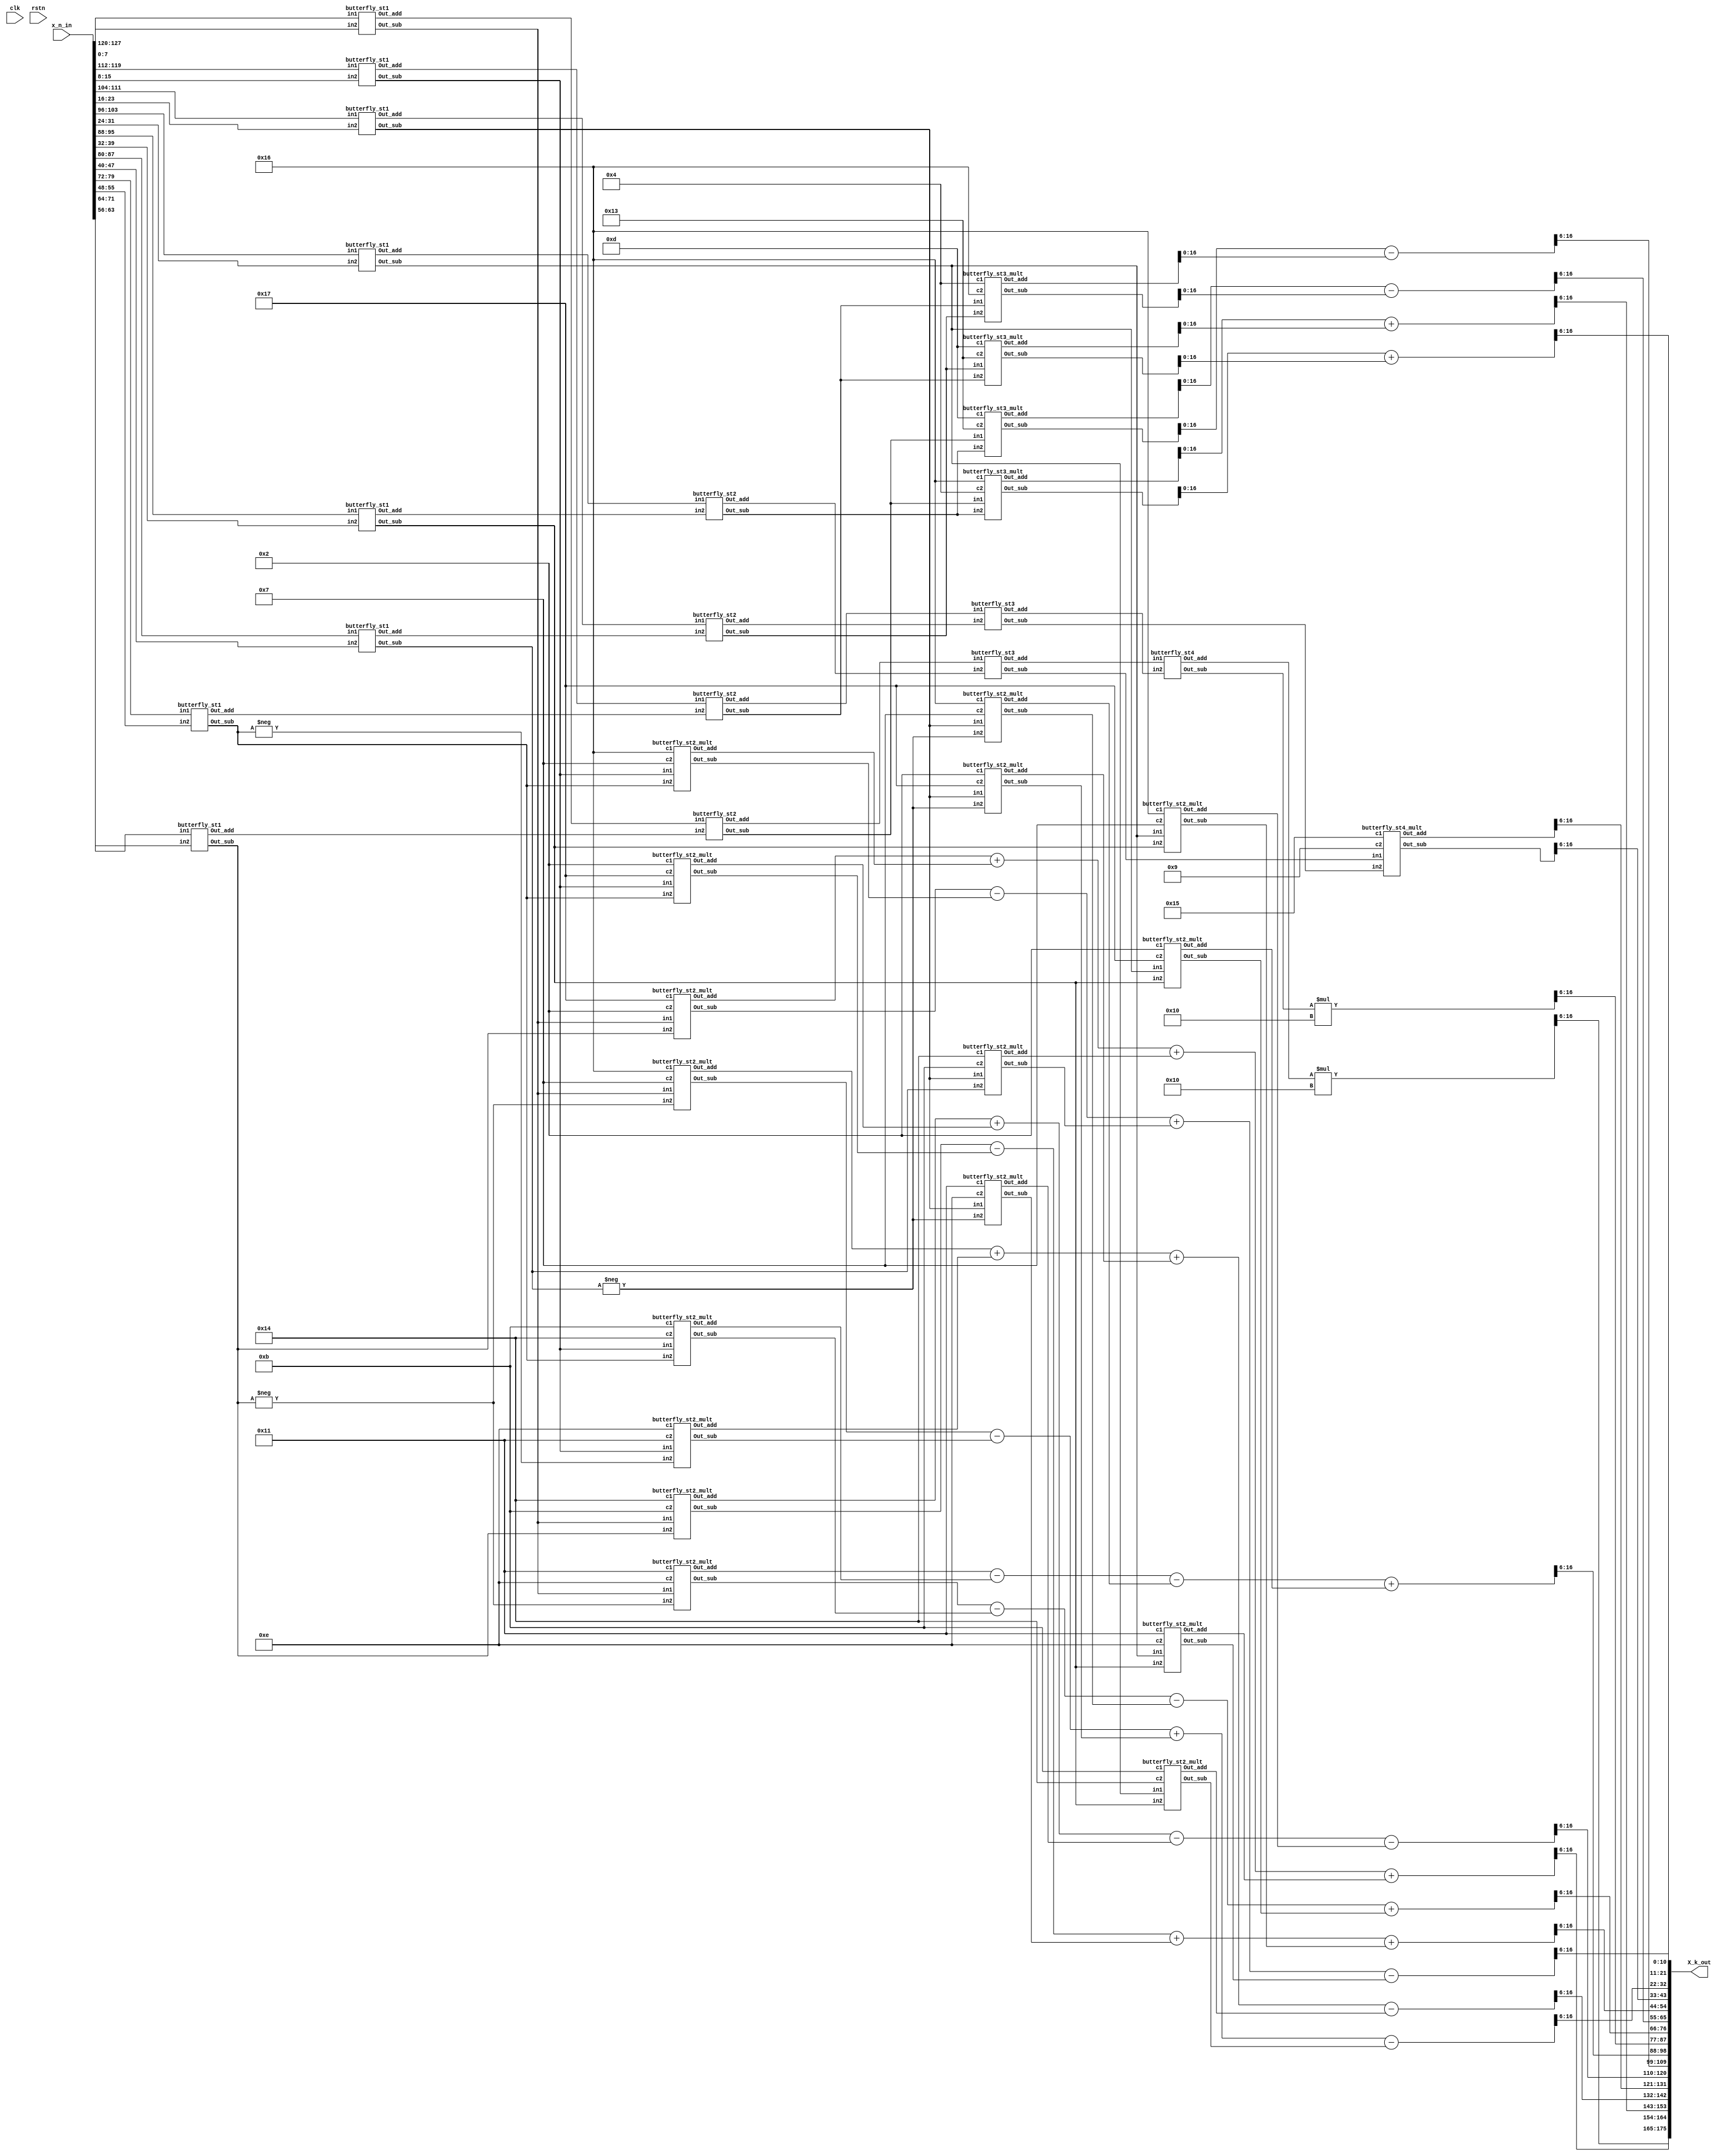
// 1 DCT 

module DCT_1D_row
    #(parameter C_bit = 8, parameter BW = 11)

    (X_k_out, x_n_in, clk, rstn);

    output [16*BW-1:0]X_k_out;
    input [128-1:0]x_n_in;  // unsigned input
    input clk, rstn;
    //(8.0)
    wire [8-1:0] x_0  = x_n_in[15*8 +: 8];
    wire [8-1:0] x_1  = x_n_in[14*8 +: 8];
    wire [8-1:0] x_2  = x_n_in[13*8 +: 8];
    wire [8-1:0] x_3  = x_n_in[12*8 +: 8];
    wire [8-1:0] x_4  = x_n_in[11*8 +: 8];
    wire [8-1:0] x_5  = x_n_in[10*8 +: 8];
    wire [8-1:0] x_6  = x_n_in[ 9*8 +: 8];
    wire [8-1:0] x_7  = x_n_in[ 8*8 +: 8];
    wire [8-1:0] x_8  = x_n_in[ 7*8 +: 8];
    wire [8-1:0] x_9  = x_n_in[ 6*8 +: 8];
    wire [8-1:0] x_10 = x_n_in[ 5*8 +: 8];
    wire [8-1:0] x_11 = x_n_in[ 4*8 +: 8];
    wire [8-1:0] x_12 = x_n_in[ 3*8 +: 8];
    wire [8-1:0] x_13 = x_n_in[ 2*8 +: 8];
    wire [8-1:0] x_14 = x_n_in[ 1*8 +: 8];
    wire [8-1:0] x_15 = x_n_in[ 0*8 +: 8];
    // (1.6)
    //wire [7-1:0] C_0  = 7'h10;
    wire [7-1:0] C_1  = 7'h17;
    wire [7-1:0] C_2  = 7'h16;
    wire [7-1:0] C_3  = 7'h16;
    wire [7-1:0] C_4  = 7'h15;
    wire [7-1:0] C_5  = 7'h14;
    wire [7-1:0] C_6  = 7'h13;
    wire [7-1:0] C_7  = 7'h11;
    wire [7-1:0] C_8  = 7'h10;
    wire [7-1:0] C_9  = 7'he; 
    wire [7-1:0] C_10 = 7'hd;
    wire [7-1:0] C_11 = 7'hb;
    wire [7-1:0] C_12 = 7'h9;
    wire [7-1:0] C_13 = 7'h7;
    wire [7-1:0] C_14 = 7'h4;
    wire [7-1:0] C_15 = 7'h2;
    //  16  C0 = C8  15 .

    wire signed[9-1:0] X_0_15_a, X_0_15_s;
    wire signed[9-1:0] X_1_14_a, X_1_14_s;
    wire signed[9-1:0] X_2_13_a, X_2_13_s;
    wire signed[9-1:0] X_3_12_a, X_3_12_s;
    wire signed[9-1:0] X_4_11_a, X_4_11_s;
    wire signed[9-1:0] X_5_10_a, X_5_10_s;
    wire signed[9-1:0] X_6_9_a, X_6_9_s;
    wire signed[9-1:0] X_7_8_a, X_7_8_s;


    wire signed[19-1:0] X_4, X_12;
    wire signed[11-1:0] X_4_trunc, X_12_trunc;

    // Common stage (Even, Odd) (9.0)
    butterfly_st1 buf1( X_0_15_a, X_0_15_s, x_0, x_15);
    butterfly_st1 buf2( X_1_14_a, X_1_14_s, x_1, x_14);
    butterfly_st1 buf3( X_2_13_a, X_2_13_s, x_2, x_13);
    butterfly_st1 buf4( X_3_12_a, X_3_12_s, x_3, x_12);
    butterfly_st1 buf5( X_4_11_a, X_4_11_s, x_4, x_11);
    butterfly_st1 buf6( X_5_10_a, X_5_10_s, x_5, x_10);
    butterfly_st1 buf7( X_6_9_a,  X_6_9_s,  x_6, x_9);
    butterfly_st1 buf8( X_7_8_a,  X_7_8_s,  x_7, x_8);

    wire signed[10-1:0] X_0_7_8_15_a, X_1_6_9_14_a, X_2_5_10_13_a, X_3_4_11_12_a;
    wire signed[10-1:0] X_0_7_8_15_s, X_1_6_9_14_s, X_2_5_10_13_s, X_3_4_11_12_s;

    // Even stage (10.0)
    butterfly_st2 buf2_1 (X_0_7_8_15_a,  X_0_7_8_15_s,  X_0_15_a, X_7_8_a);
    butterfly_st2 buf2_2 (X_1_6_9_14_a,  X_1_6_9_14_s,  X_1_14_a, X_6_9_a);
    butterfly_st2 buf2_3 (X_2_5_10_13_a, X_2_5_10_13_s, X_2_13_a, X_5_10_a);
    butterfly_st2 buf2_4 (X_3_4_11_12_a, X_3_4_11_12_s, X_3_12_a, X_4_11_a);

    wire signed[11-1:0] X1, X2, X3, X4;
    // 11 bit outcome (11.0)
    butterfly_st3 buf3_1 (X2, X4, X_1_6_9_14_a, X_2_5_10_13_a);
    butterfly_st3 buf3_2 (X1, X3, X_0_7_8_15_a,  X_3_4_11_12_a);

    // Even Even Even
    ////////////////////****** X[0], X[8] ******////////////////////
    wire signed[12-1:0] Pre_X_0, Pre_X_8;
    wire signed[19-1:0] X_0;
    wire signed[19-1:0] X_8;
    wire signed[11-1:0] X_0_trunc; 
    wire signed[11-1:0] X_8_trunc;

    // 12bit outcome (12.0)
    butterfly_st4 buf4_1 (Pre_X_0, Pre_X_8, X1, X2);

    // 16bit outcome (16.4)   . $unsigned()
    assign X_0 = $unsigned(Pre_X_0) * C_8;
    //assign X_0 = X_0 <<< 1;
    // 19bit outcome
    assign X_8 = (Pre_X_8) * $signed(C_8);

    // 11bit (11.0)
    assign X_0_trunc = X_0[17-1:6];
    assign X_8_trunc = X_8[17-1:6];

    // Even Even Odd
    ////////////////////****** X[4], X[12] ******////////////////////
    // 19bit outcome (19.6)
    butterfly_st4_mult buf4_2 (X_4, X_12, X3, X4, C_4, C_12);

    //assign X_4 = (X3 << 4) + (X3 << 2) + X3 + (X4 << 3) + X4;
    //assign X_12 = (X3 << 3) + (X3) - ((X4 << 4) + (X4 << 2) + X4);
    
    // 11bit (11.0)  2,  6 
    assign X_4_trunc = X_4[17-1:6];
    assign X_12_trunc = X_12[17-1:6];

    // Even Odd
    ////////////////////****** X[2], X[6], X[10], X[14] ******////////////////////
    // 18.6
    wire signed [18-1:0] Pre_X_10_1, Pre_X_6_1, Pre_X_10_2, Pre_X_6_2;
    butterfly_st3_mult buf3_3 (Pre_X_10_1, Pre_X_6_1, X_0_7_8_15_s, X_3_4_11_12_s, C_10, C_6);
    butterfly_st3_mult buf3_4 (Pre_X_6_2, Pre_X_10_2, X_1_6_9_14_s, X_2_5_10_13_s, C_14, C_2);

    // 19.6
    wire signed [19-1:0] X_10, X_6;
    // 19bit outcome
    assign X_10 = Pre_X_10_1 - Pre_X_10_2;
    assign X_6 = Pre_X_6_1 - Pre_X_6_2;

    // 11bit truncation
    wire signed [11-1:0] X_10_trunc, X_6_trunc;
    assign X_10_trunc = X_10[17-1:6];
    assign X_6_trunc = X_6[17-1:6];

    wire signed [18-1:0] Pre_X_2_1, Pre_X_14_1, Pre_X_2_2, Pre_X_14_2;
    butterfly_st3_mult buf3_5 (Pre_X_2_1, Pre_X_14_1, X_0_7_8_15_s, X_3_4_11_12_s, C_2, C_14);
    butterfly_st3_mult buf3_6 (Pre_X_2_2, Pre_X_14_2, X_2_5_10_13_s, X_1_6_9_14_s, C_10, C_6);

    wire signed [19-1:0] X_2, X_14;
    // 19bit outcome
    assign X_2 = Pre_X_2_1 + Pre_X_2_2;
    assign X_14 = Pre_X_14_1 + Pre_X_14_2;

    // 11bit truncation
    wire signed [11-1:0] X_2_trunc, X_14_trunc;
    assign X_2_trunc = X_2[17-1:6];
    assign X_14_trunc = X_14[17-1:6];

    // Odd part
    ////////////////////****** X[1], X[15] ******////////////////////

    wire signed [20-1:0] Pre_X_1, Pre_X_15;
    wire signed [17-1:0] X1_1, X15_1, X1_2, X15_2, X1_3, X15_3, X1_4, X15_4;
    
    butterfly_st2_mult buf_1_15_1 (X1_1, X15_1, X_0_15_s, X_7_8_s, C_1, C_15);
    butterfly_st2_mult buf_1_15_2 (X1_2, X15_2, X_1_14_s, X_6_9_s, C_3, C_13);
    butterfly_st2_mult buf_1_15_3 (X1_3, X15_3, X_2_13_s, X_5_10_s, C_5, C_11);
    butterfly_st2_mult buf_1_15_4 (X1_4, X15_4, X_3_12_s, X_4_11_s, C_7, C_9);

    assign Pre_X_1 = $signed(X1_1 + X1_2 + X1_3 + X1_4);
    assign Pre_X_15 = X15_1 - X15_2 + X15_3 - X15_4;

    // 11bit truncation
    wire signed [11-1:0] X_1_trunc, X_15_trunc;
    assign X_1_trunc = Pre_X_1[17-1:6];
    assign X_15_trunc = Pre_X_15[17-1:6];


    ////////////////////****** X[3], X[13] ******////////////////////

    wire signed [20-1:0] Pre_X_3, Pre_X_13;
    wire signed [17-1:0] X3_1, X13_1, X3_2, X13_2, X3_3, X13_3, X3_4, X13_4;

    butterfly_st2_mult buf_3_13_1 (X3_1, X13_1, X_0_15_s, -X_7_8_s, C_3, C_13);
    butterfly_st2_mult buf_3_13_2 (X3_2, X13_2, X_1_14_s, -X_6_9_s, C_9, C_7);
    butterfly_st2_mult buf_3_13_3 (X3_3, X13_3, X_2_13_s, -X_5_10_s, C_15, C_1);
    butterfly_st2_mult buf_3_13_4 (X3_4, X13_4, X_3_12_s, X_4_11_s, C_11, C_5);

    assign Pre_X_3 = X3_1 + X3_2 + X3_3 - X3_4;
    assign Pre_X_13 = X13_1 - X13_2 + X13_3 - X13_4;

    // 11bit truncation
    wire signed [11-1:0] X_3_trunc, X_13_trunc;
    assign X_3_trunc = Pre_X_3[17-1:6];
    assign X_13_trunc = Pre_X_13[17-1:6];

    ////////////////////****** X[5], X[11] ******////////////////////

    wire signed [20-1:0] Pre_X_5, Pre_X_11;
    wire signed [17-1:0] X5_1, X11_1, X5_2, X11_2, X5_3, X11_3, X5_4, X11_4;
    
    butterfly_st2_mult buf_5_11_1 (X5_1, X11_1, X_0_15_s, X_7_8_s, C_5, C_11);
    butterfly_st2_mult buf_5_11_2 (X5_2, X11_2, X_1_14_s, X_6_9_s, C_15, C_1);
    butterfly_st2_mult buf_5_11_3 (X5_3, X11_3, X_2_13_s, -X_5_10_s, C_7, C_9);
    butterfly_st2_mult buf_5_11_4 (X5_4, X11_4, X_3_12_s, X_4_11_s, C_3, C_13);

    assign Pre_X_5 = X5_1 + X5_2 - X5_3 - X5_4;
    assign Pre_X_11 = X11_1 - X11_2 + X11_3 + X11_4;

    // 11bit truncation
    wire signed [11-1:0] X_5_trunc, X_11_trunc;
    assign X_5_trunc = Pre_X_5[17-1:6];
    assign X_11_trunc = Pre_X_11[17-1:6];

    ////////////////////****** X[7], X[9] ******////////////////////

    wire signed [20-1:0] Pre_X_7, Pre_X_9;
    wire signed [17-1:0] X7_1, X9_1, X7_2, X9_2, X7_3, X9_3, X7_4, X9_4;

    butterfly_st2_mult buf_7_9_1 (X7_1, X9_1, X_0_15_s, -X_7_8_s, C_7, C_9);
    butterfly_st2_mult buf_7_9_2 (X7_2, X9_2, X_1_14_s, X_6_9_s, C_11, C_5);
    butterfly_st2_mult buf_7_9_3 (X7_3, X9_3, X_2_13_s, -X_5_10_s, C_3, C_13);
    butterfly_st2_mult buf_7_9_4 (X7_4, X9_4, X_3_12_s, X_4_11_s, C_15, C_1);

    assign Pre_X_7 = X7_1 - X7_2 - X7_3 + X7_4;
    assign Pre_X_9 = X9_1 - X9_2 - X9_3 + X9_4;

    // 11bit truncation
    wire signed [11-1:0] X_7_trunc, X_9_trunc;
    assign X_7_trunc = Pre_X_7[17-1:6];
    assign X_9_trunc = Pre_X_9[17-1:6];

    assign X_k_out = {X_0_trunc, X_1_trunc, X_2_trunc, X_3_trunc, X_4_trunc, X_5_trunc, X_6_trunc, X_7_trunc, X_8_trunc, X_9_trunc, X_10_trunc, X_11_trunc, X_12_trunc, X_13_trunc, X_14_trunc, X_15_trunc};


endmodule

module butterfly_st1(Out_add, Out_sub, in1, in2);
    output signed[9-1:0] Out_add;
    output signed[9-1:0] Out_sub;
    input [8-1:0] in1;
    input [8-1:0] in2;

    assign Out_add = $unsigned(in1) + $unsigned(in2);
    assign Out_sub = $unsigned(in1) - $unsigned(in2);

endmodule

//   output unsigned .
module butterfly_st2(Out_add, Out_sub, in1, in2);
    output signed[10-1:0] Out_add;
    output signed[10-1:0] Out_sub;
    input signed[9-1:0] in1;
    input signed[9-1:0] in2;

    assign Out_add = $unsigned(in1) + $unsigned(in2);
    assign Out_sub = $unsigned(in1) - $unsigned(in2);

endmodule

module butterfly_st2_mult(Out_add, Out_sub, in1, in2, c1, c2);
    output signed[17-1:0] Out_add;
    output signed[17-1:0] Out_sub;
    input signed[7-1:0] c1, c2;
    input signed[9-1:0] in1;
    input signed[9-1:0] in2;

    assign Out_add = in1 * c1 + in2 * c2;
    assign Out_sub = in1 * c2 - in2 * c1;

endmodule

module butterfly_st3(Out_add, Out_sub, in1, in2);
    output signed[11-1:0] Out_add;
    output signed[11-1:0] Out_sub;
    input signed[10-1:0] in1;
    input signed[10-1:0] in2;

    assign Out_add = $unsigned(in1) + $unsigned(in2);
    assign Out_sub = $unsigned(in1) - $unsigned(in2);

endmodule
// Even Odd X[2], X[6], X[10], X[14]  butterfly 
module butterfly_st3_mult (Out_add, Out_sub, in1, in2, c1, c2);
    output signed[18-1:0] Out_add;
    output signed[18-1:0] Out_sub;
    input signed[7-1:0] c1, c2;
    input signed[10-1:0] in1;
    input signed[10-1:0] in2;

    assign Out_add = in1 * c1 + in2 * c2;
    assign Out_sub = in1 * c2 - in2 * c1;

endmodule

module butterfly_st4(Out_add, Out_sub, in1, in2);
    output signed[12-1:0] Out_add;
    output signed[12-1:0] Out_sub;
    input signed[11-1:0] in1, in2;

    assign Out_add = $unsigned(in1) + $unsigned(in2);
    assign Out_sub = $unsigned(in1) - $unsigned(in2);

endmodule

// even X[4], X[12]  butterfly 
module butterfly_st4_mult(Out_add, Out_sub, in1, in2, c1, c2);
    output signed[19-1:0] Out_add;
    output signed[19-1:0] Out_sub;
    input signed[7-1:0] c1, c2;
    input signed[11-1:0] in1, in2;

    assign Out_add = in1 * c1 + in2 * c2;
    assign Out_sub = in1 * c2 - in2 * c1;

endmodule